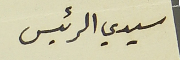
سيدي الرئيس